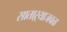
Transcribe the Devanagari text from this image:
साताऱ्याजवळ